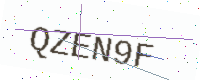
Text: QZEN9F